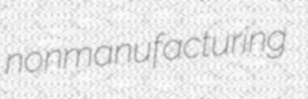
nonmanufacturing